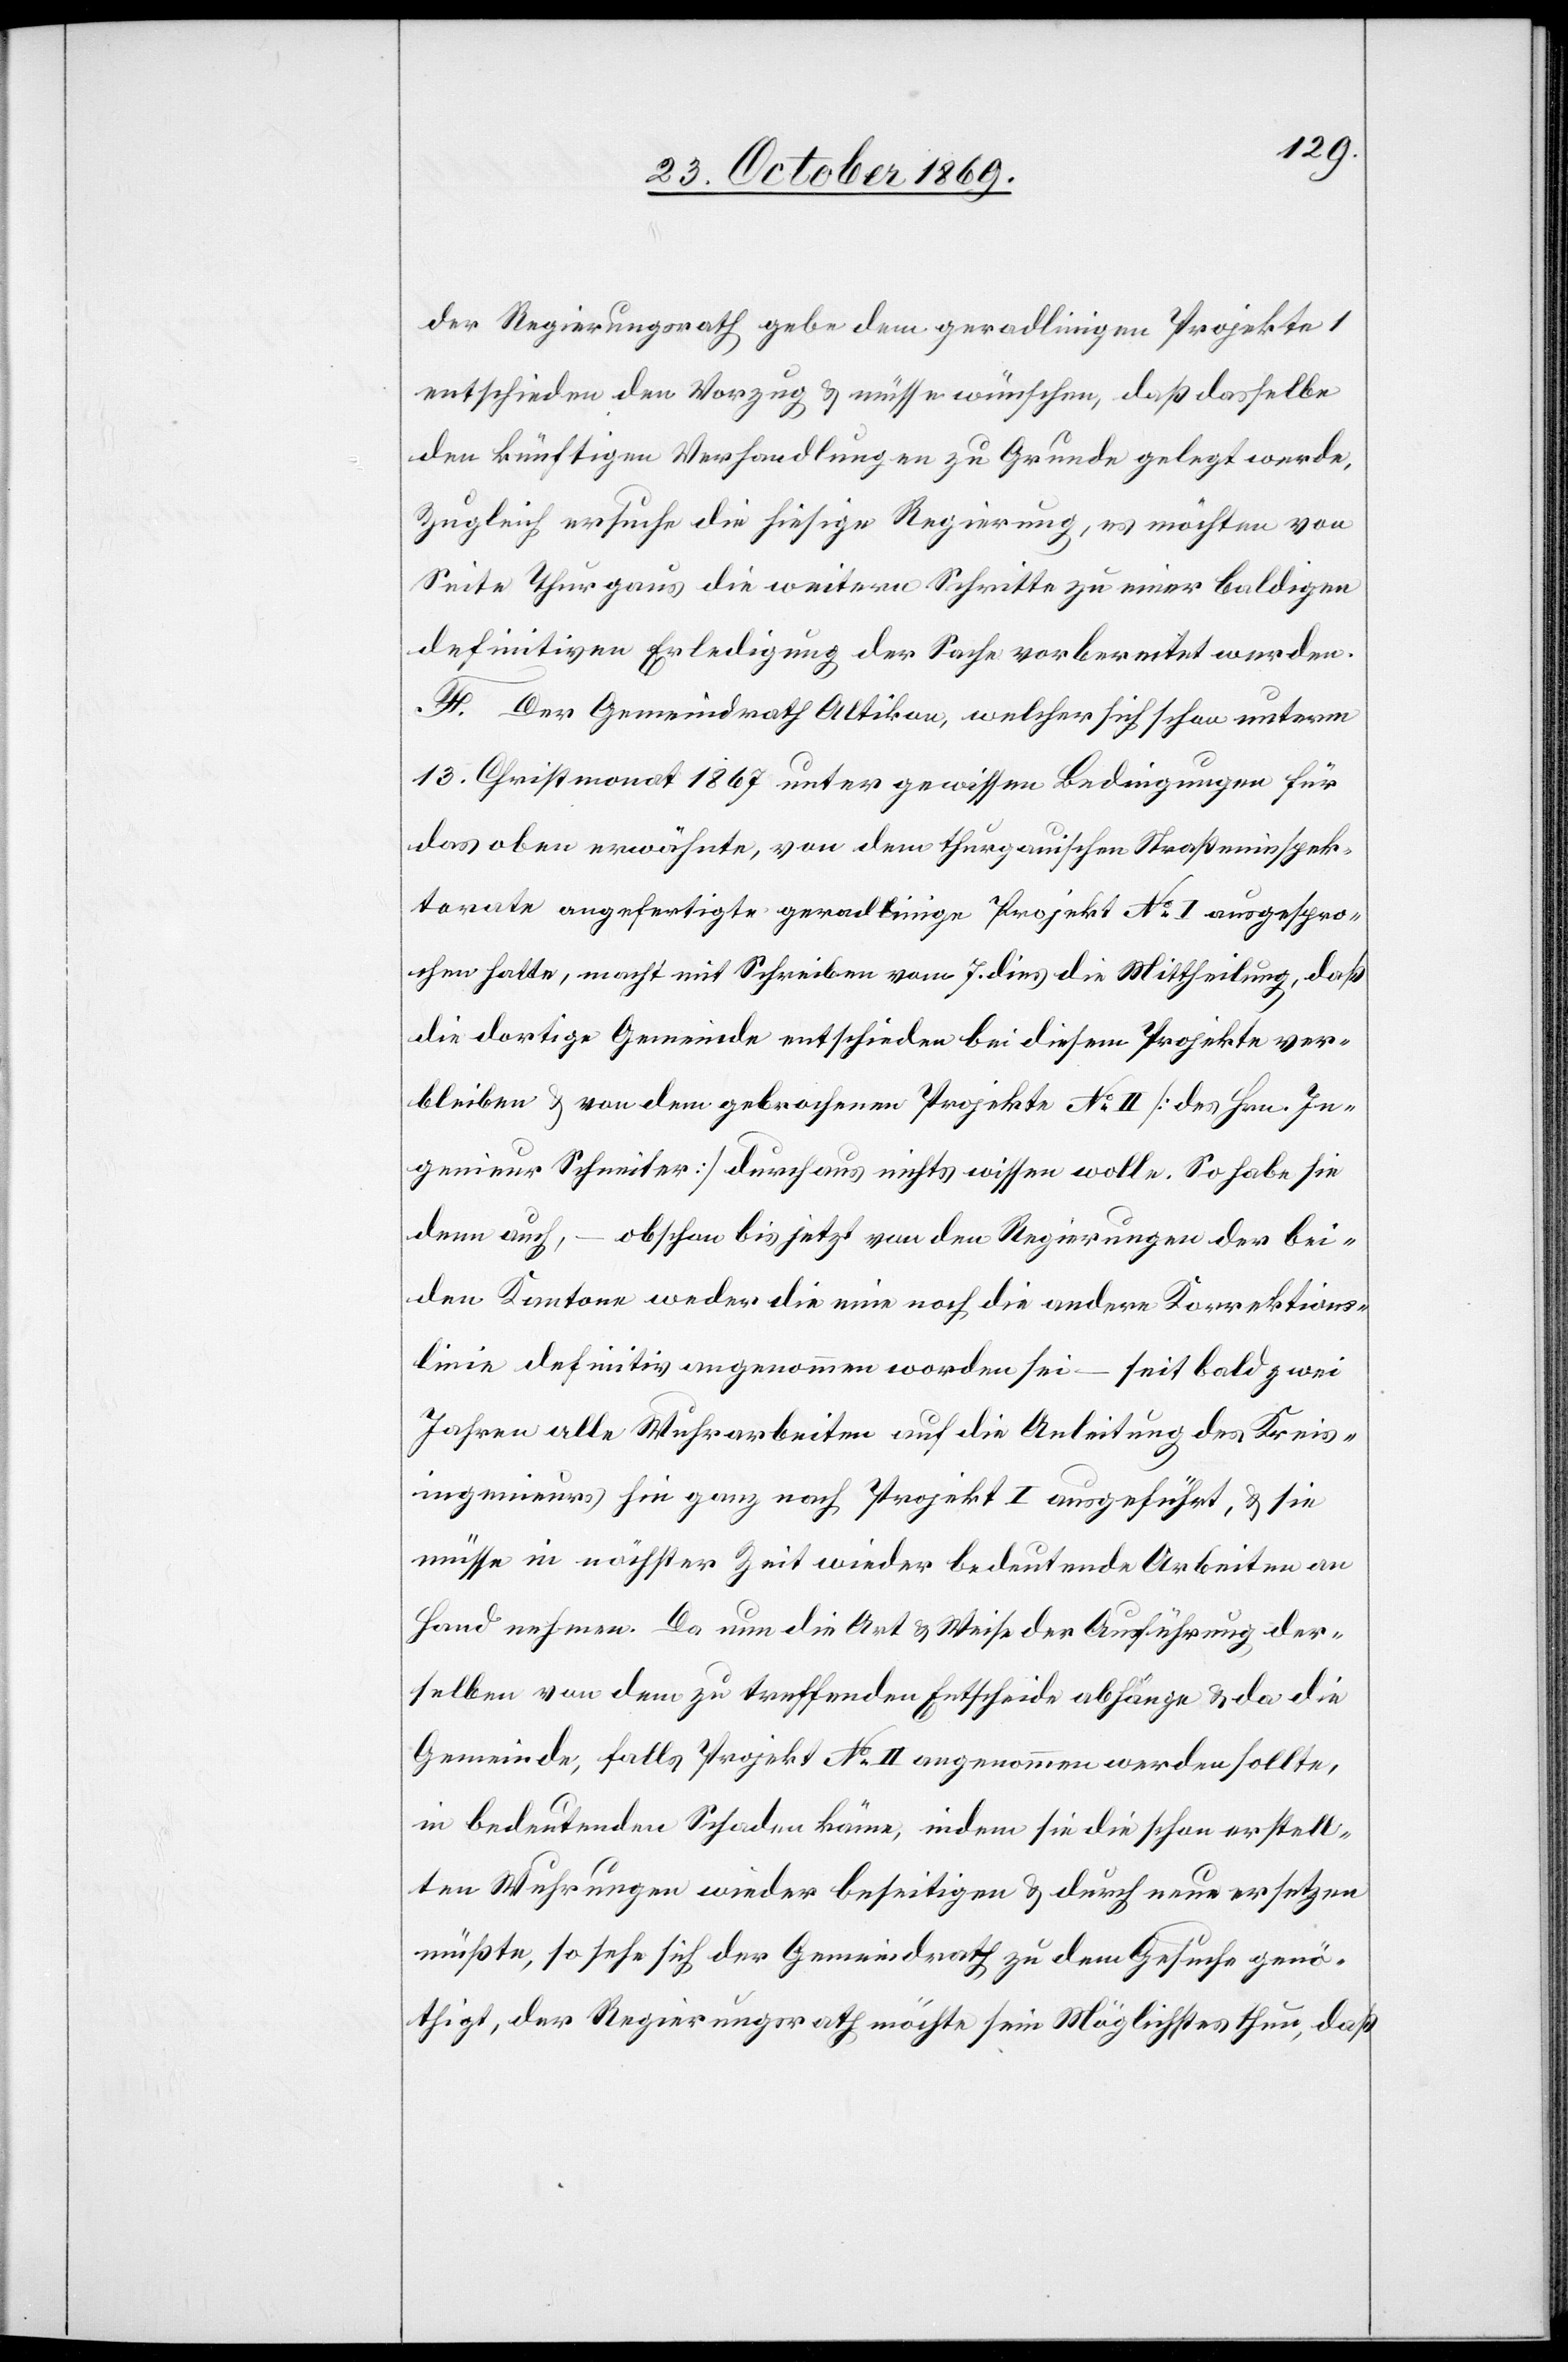
der Regierungsrath gebe dem geradlinigen Projekte 1
entschieden den Vorzug & müsse wünschen, daß dasselbe
den künftigen Verhandlungen zu Grunde gelegt werde.
Zugleich ersuche die hiesige Regierung, es möchten von
Seite Thurgaus die weitern Schritte zu einer baldigen
definitiven Erledigung der Sache vorbereitet werden.
F. Der Gemeindrath Altikon, welcher sich schon unterm
13. Christmonat 1867 unter gewissen Bedingungen für
das oben erwähnte, von dem thurgauischen Straßeninspek¬
torate angefertigte geradlinige Projekt No I ausgespro¬
chen hatte, macht mit Schreiben vom 7. dies die Mittheilung, daß
die dortige Gemeinde entschieden bei diesem Projekte ver¬
bleiben & von dem gebrochenen Projekte No II [des Hrn. In¬
genieur Schneiter] durchaus nichts wissen wolle. So habe sie
denn auch, – obschon bis jetzt von den Regierungen der bei¬
den Kantone weder die eine noch die andere Korrektions¬
linie definitiv angenommen worden sei – seit bald zwei
Jahren alle Wuhrarbeiten auf die Anleitung des Kreis¬
ingenieurs hin ganz nach Projekt I ausgeführt, & sie
müsse in nächster Zeit wieder bedeutende Arbeiten an
Hand nehmen. Da nun die Art & Weise der Ausführung der¬
selben von dem zu treffenden Entscheide abhänge & da die
Gemeinde, falls Projekt No II angenommen werden sollte,
in bedeutenden Schaden käme, indem sie die schon erstell¬
ten Wuhrungen wieder beseitigen & durch neue ersetzen
müßte, so sehe sich der Gemeindrath zu dem Gesuche genö¬
thigt, der Regierungsrath möchte sein Möglichstes thun, daß